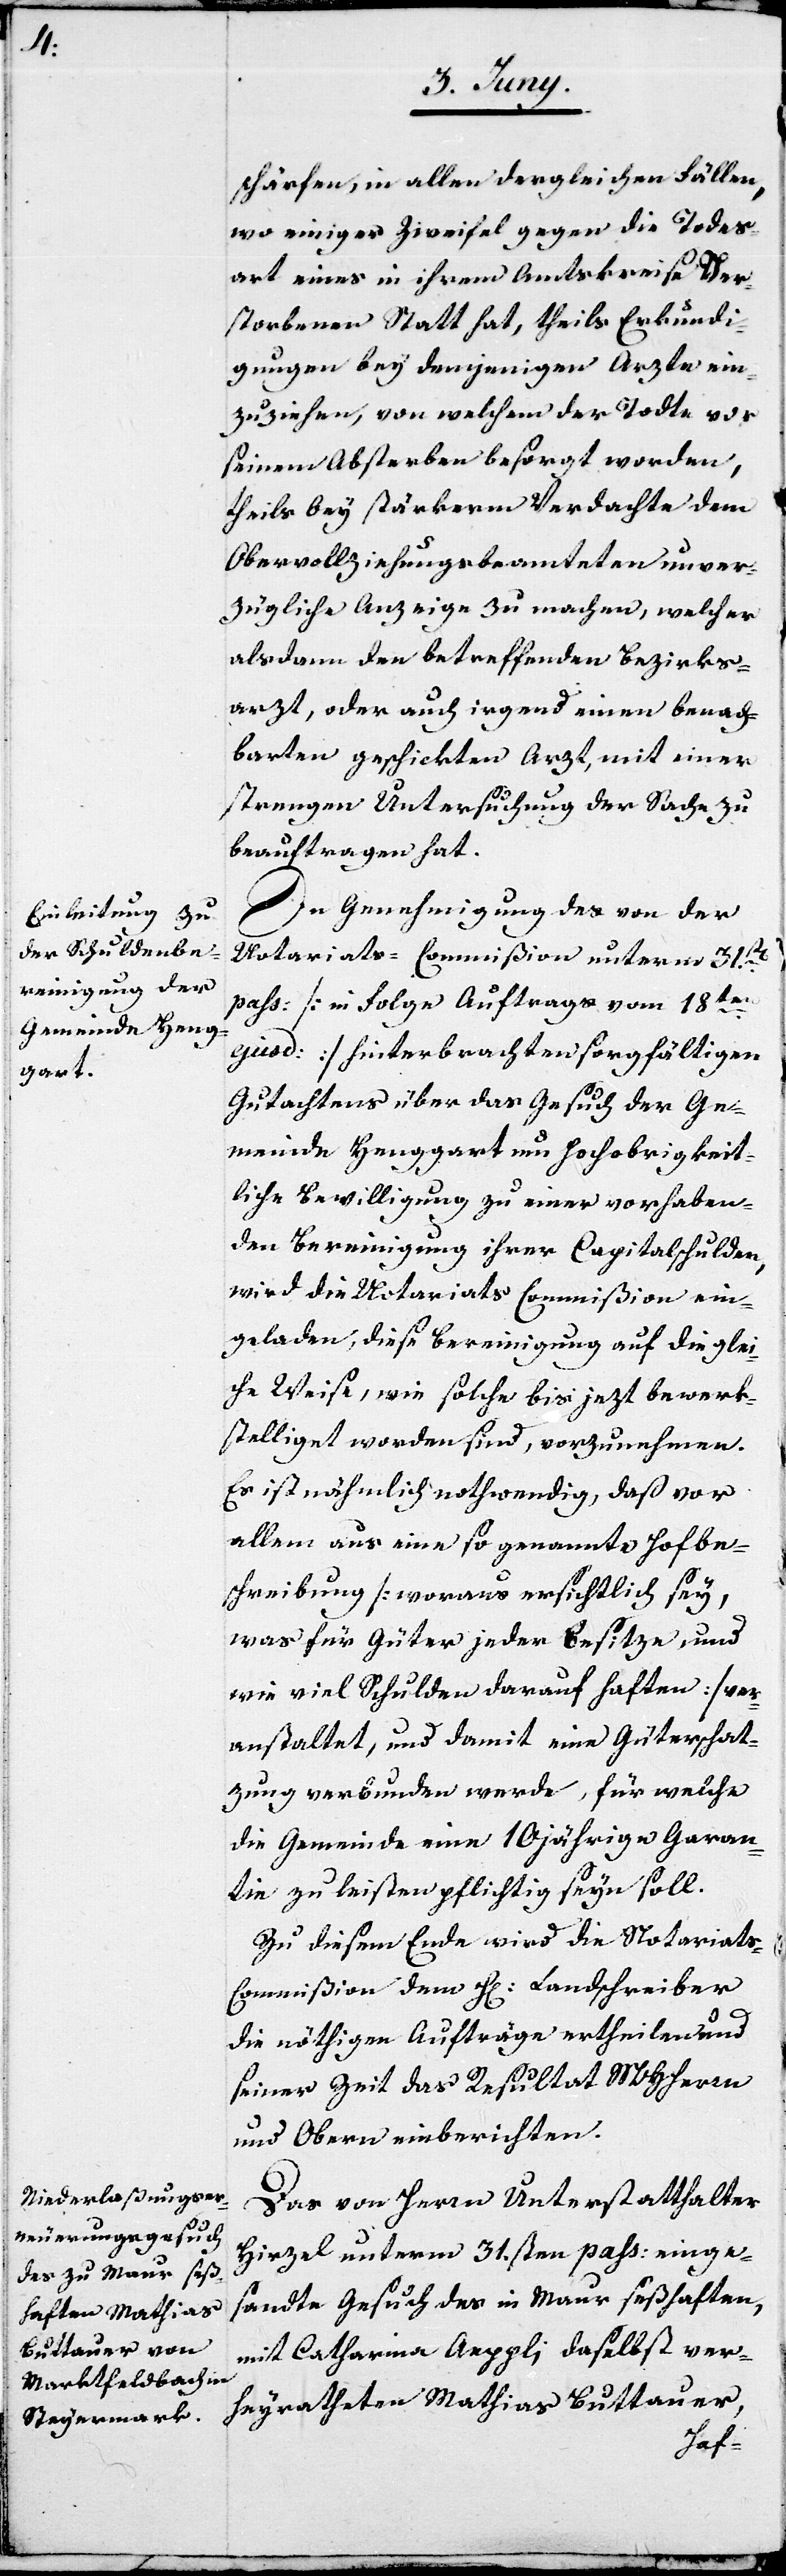
schärfen, in allen dergleichen Fällen,
wo einiger Zweifel gegen die Todes¬
art eines in ihrem Amtskreise Ver¬
storbenen Statt hat, theils Erkundi¬
gungen bey demjenigen Arzte ein¬
zuziehen, von welchem der Todte vor
seinem Absterben besorgt worden,
theils bey stärkerem Verdachte dem
Obervollziehungsbeamten unver¬
züglich Anzeige zu machen, welcher
alsdann den betreffenden Bezirks¬
arzt, oder auch irgend einen benach¬
barten geschickten Arzt, mit einer
strengen Untersuchung der Sache zu
beauftragen hat.
In Genehmigung des von der
Notariats-Commißion unterm 31st[en]
pass. [in Folge Auftrags vom 18ten
ejusd.] hinterbrachten sorgfältigen
Gutachtens über das Gesuch der Ge¬
meinde Henggart um Hochobrigkeit¬
liche Bewilligung zu einer vorhaben¬
den Bereinigung ihrer Capitalschulden,
wird die Notariats Commißion ein¬
geladen, diese Bereinigung auf die glei¬
che Weise, wie solche bis jezt bewerk¬
stelliget worden sind, vorzunehmen.
Es ist nähmlich nothwendig, daß vor
allem aus eine so genannte Hofbe¬
schreibung [woraus ersichtlich sey,
was für Güter jeder besitze, und
wie viel Schulden darauf haften] ver¬
anstaltet, und damit eine Güterschät¬
zung verbunden werde, für welche
die Gemeinde eine 10jährige Garan¬
tie zu leisten pflichtig seyn soll.
Zu diesem Ende wird die Notariats-C¬
ommißion dem H. Landschreiber
die nöthigen Aufträge ertheilen, und
seiner Zeit das Resultat MHHerrn
und Obern einberichten.
Das von Herrn Unterstatthalter
Hirzel unterm 31.sten pass. einge¬
sandte Gesuch des in Maur seßhaften,
mit Catharina Aeppli daselbst ver¬
heyratheten Mathias Buttauer,